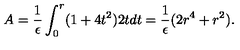
A = { \frac { 1 } { \epsilon } } \int _ { 0 } ^ { r } ( 1 + 4 t ^ { 2 } ) 2 t d t = { \frac { 1 } { \epsilon } } ( 2 r ^ { 4 } + r ^ { 2 } ) .